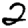
Digit: 2